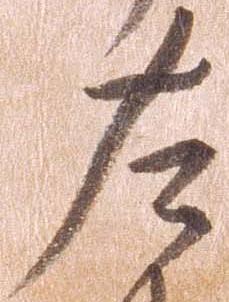
左